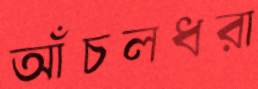
আঁচলধরা